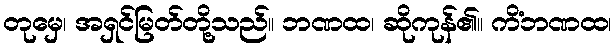
တုမှေ၊ အရှင်မြတ်တို့သည်။ ဘဏထ၊ ဆိုကုန်၏။ ကိံဘဏထ၊